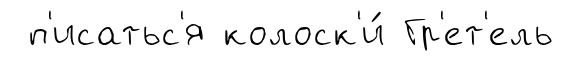
п'исатьс'я колоск'и́ Гр'ет'ель